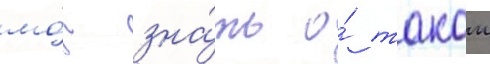
мо́г зна́ть о́ такои